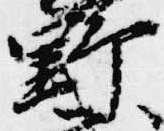
野